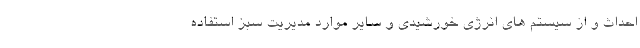
احداث و از سیستم های انرژی خورشیدی و سایر موارد مدیریت سبز استفاده